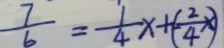
\frac { 7 } { 6 } = \frac { 1 } { 4 } x + ( - \frac { 2 } { 4 } x )